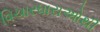
વિચારધારાઓથી